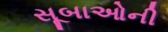
સૂબાઓની